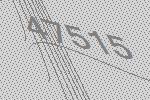
47515